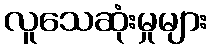
လူသေဆုံးမှုများ